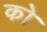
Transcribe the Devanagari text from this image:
को